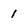
Character: 1